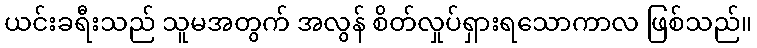
ယင်းခရီးသည် သူမအတွက် အလွန် စိတ်လှုပ်ရှားရသောကာလ ဖြစ်သည်။